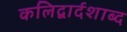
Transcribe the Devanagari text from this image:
कलिद्वार्दशाब्द